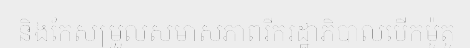
និងកែសម្រួលសមាសភាពរីករដ្ឋាភិបាលបើកម៉ូតូ